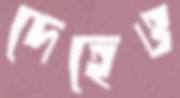
দেহেও